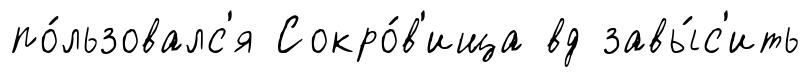
по́льзовалс'я Сокро́в'ища вд завы́с'ить